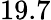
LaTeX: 19.7